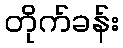
တိုက်ခန်း